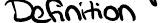
Definition